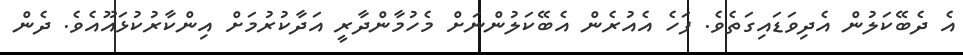
އެ ދެބޭކަލުން އެދިވަޑައިގަތެވެ. ފަހެ އެއުރެން އެބޭކަލުންނަށް މެހުމާންދާރީ އަދާކުރުމަށް އިންކާރުކުޅައޫއެވެ. ދެން